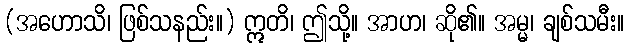
(အဟောသိ၊ ဖြစ်သနည်း။) ဣတိ၊ ဤသို့။ အာဟ၊ ဆို၏။ အမ္မ၊ ချစ်သမီး။